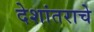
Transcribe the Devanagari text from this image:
देशांतराचे